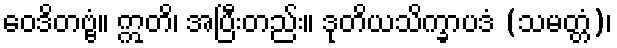
ဝေဒိတဗ္ဗံ။ ဣတိ၊ အပြီးတည်း။ ဒုတိယသိက္ခာပဒံ (သမတ္တံ)၊